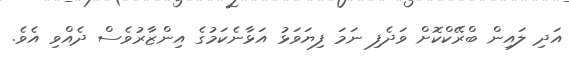
އަދި ލައިން ބްރޭކްކޮށް ވަދެފި ނަމަ ފިޔަވަޅު އަޅާނެކަމުގެ އިންޒާރުވެސް ދެއްވި އެވެ.